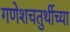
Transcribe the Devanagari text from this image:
गणेशचतुर्थीच्या